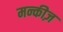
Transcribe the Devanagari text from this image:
मन्कीज़